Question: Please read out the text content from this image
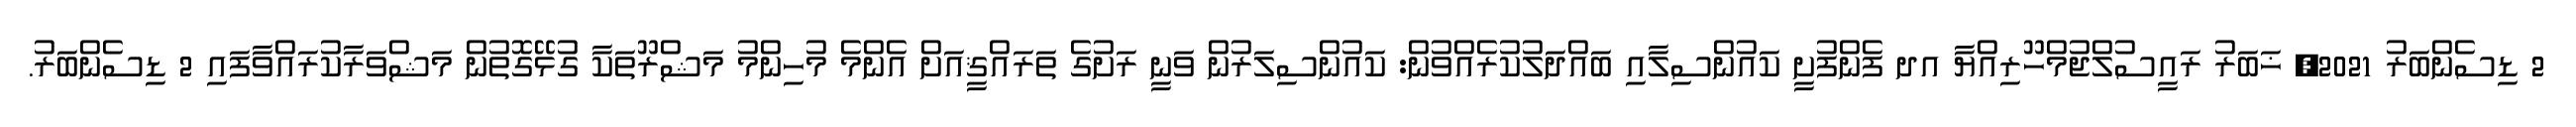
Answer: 2 ޑިސެންބަރު 2021, ޚަބަރު ރައީސުލްޖުމްހޫރިއްޔާ އދ ފެންފުށީ ކައުންސިލާއި ބައްދަލުކުރެއްވުން: ކައުންސިލަރުން ވަނީ ރަށުގެ ތަރައްޤީއަށް އެންމެ މުހިންމު މަޝްރޫތަކާ ގުޅޭގޮތުން މަޝްވަރާކުރައްވާފައި 2 ޑިސެންބަރު.